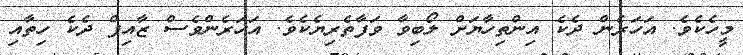
މީހެކެވެ. އަހަރެން ދެކެ އިންތިހާޔަށް ލޯބިވާ ވަފާތެރިޔެކެވެ. އަހަރެންވެސް ޒާއިފް ދެކެ ހިތާއި